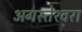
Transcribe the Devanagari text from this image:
अगस्‍तेश्‍वरा